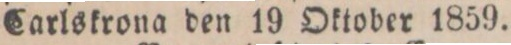
Carlskrona den 19 Oktober 1859.